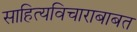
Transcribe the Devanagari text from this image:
साहित्यविचाराबाबत